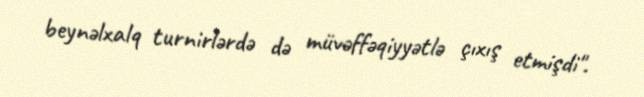
beynəlxalq turnirlərdə də müvəffəqiyyətlə çıxış etmişdi".